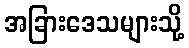
အခြားဒေသများသို့